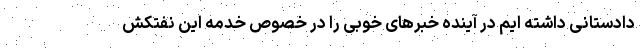
دادستانی داشته ایم در آینده خبرهای خوبی را در خصوص خدمه این نفتکش